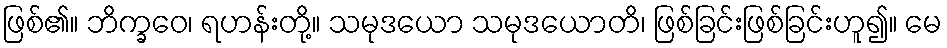
ဖြစ်၏။ ဘိက္ခဝေ၊ ရဟန်းတို့။ သမုဒယော သမုဒယောတိ၊ ဖြစ်ခြင်းဖြစ်ခြင်းဟူ၍။ မေ